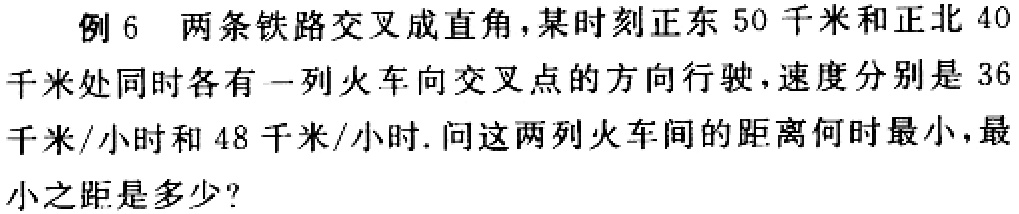
例 6 两条铁路交叉成直角，某时刻正东 50 千米和正北 40 千米处同时各有一列火车向交叉点的方向行驶，速度分别是 36 千米/小时和 48 千米/小时. 问这两列火车间的距离何时最小，最小之距是多少？